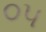
૦૫